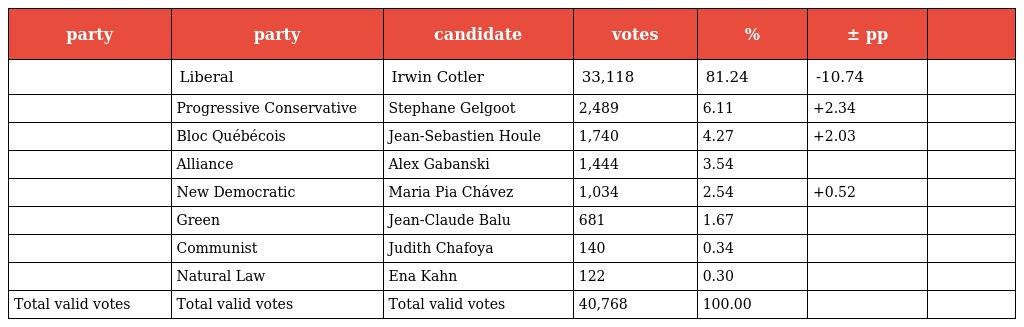
| party | party | candidate | votes | % | ± pp |  |
 | --- | --- | --- | --- | --- | --- | --- |
 |  | Liberal | Irwin Cotler | 33,118 | 81.24 | -10.74 |  |
 |  | Progressive Conservative | Stephane Gelgoot | 2,489 | 6.11 | +2.34 |  |
 |  | Bloc Québécois | Jean-Sebastien Houle | 1,740 | 4.27 | +2.03 |  |
 |  | Alliance | Alex Gabanski | 1,444 | 3.54 |  |  |
 |  | New Democratic | Maria Pia Chávez | 1,034 | 2.54 | +0.52 |  |
 |  | Green | Jean-Claude Balu | 681 | 1.67 |  |  |
 |  | Communist | Judith Chafoya | 140 | 0.34 |  |  |
 |  | Natural Law | Ena Kahn | 122 | 0.30 |  |  |
 | Total valid votes | Total valid votes | Total valid votes | 40,768 | 100.00 |  |  |